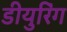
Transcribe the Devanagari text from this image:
डीयुरिंग